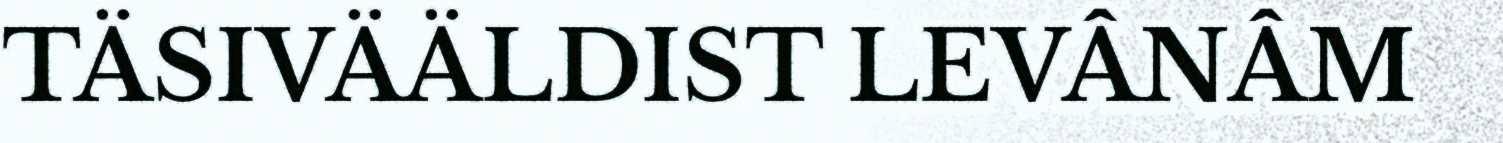
TÄSIVÄÄLDIST LEVÂNÂM